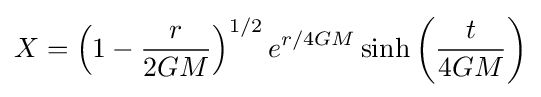
X=\left(1-{\frac {r}{2GM}}\right)^{1/2}e^{r/4GM}\sinh \left({\frac {t}{4GM}}\right)